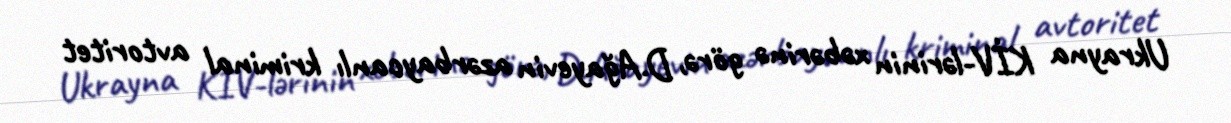
Ukrayna KİV-lərinin xəbərinə görə, D.Ağayevin azərbaycanlı kriminal avtoritet